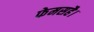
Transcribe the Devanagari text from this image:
फेमसहै।